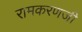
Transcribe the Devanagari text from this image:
रामकरणजी